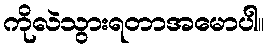
ကိုလဲသွားရတာအမောပါ။